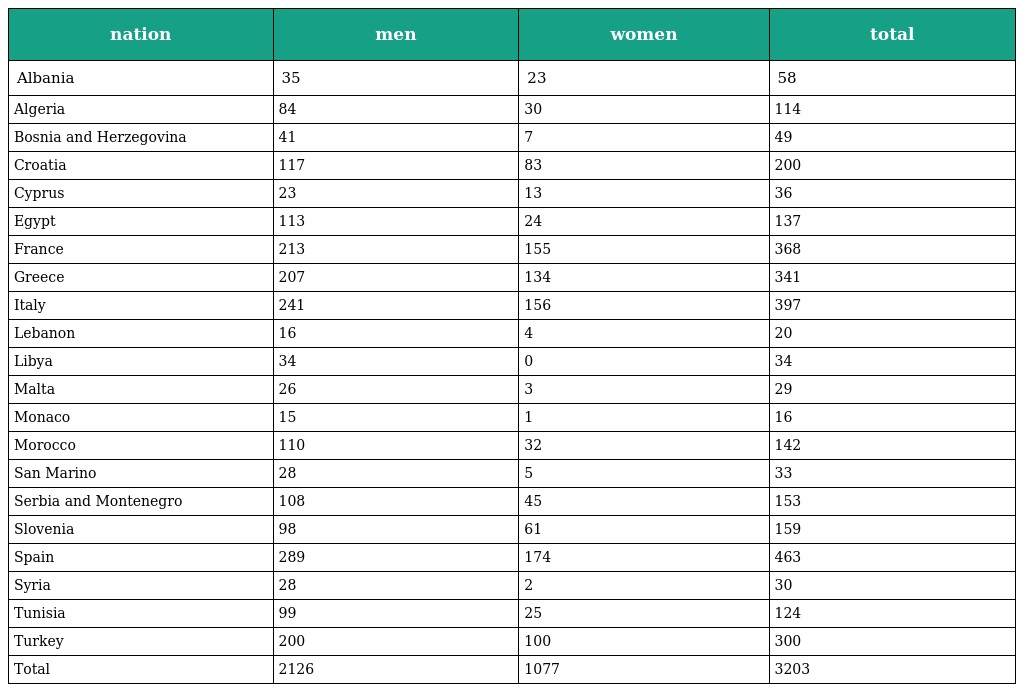
| nation | men | women | total |
 | --- | --- | --- | --- |
 | Albania | 35 | 23 | 58 |
 | Algeria | 84 | 30 | 114 |
 | Bosnia and Herzegovina | 41 | 7 | 49 |
 | Croatia | 117 | 83 | 200 |
 | Cyprus | 23 | 13 | 36 |
 | Egypt | 113 | 24 | 137 |
 | France | 213 | 155 | 368 |
 | Greece | 207 | 134 | 341 |
 | Italy | 241 | 156 | 397 |
 | Lebanon | 16 | 4 | 20 |
 | Libya | 34 | 0 | 34 |
 | Malta | 26 | 3 | 29 |
 | Monaco | 15 | 1 | 16 |
 | Morocco | 110 | 32 | 142 |
 | San Marino | 28 | 5 | 33 |
 | Serbia and Montenegro | 108 | 45 | 153 |
 | Slovenia | 98 | 61 | 159 |
 | Spain | 289 | 174 | 463 |
 | Syria | 28 | 2 | 30 |
 | Tunisia | 99 | 25 | 124 |
 | Turkey | 200 | 100 | 300 |
 | Total | 2126 | 1077 | 3203 |